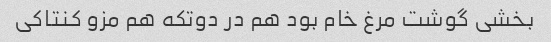
بخشی گوشت مرغ خام بود هم در دوتکه هم مزو کنتاکی‌